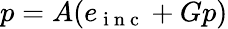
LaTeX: p=A(e_{\mathrm{~i~n~c~}}+Gp)